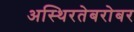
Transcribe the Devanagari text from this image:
अस्थिरतेबरोबर